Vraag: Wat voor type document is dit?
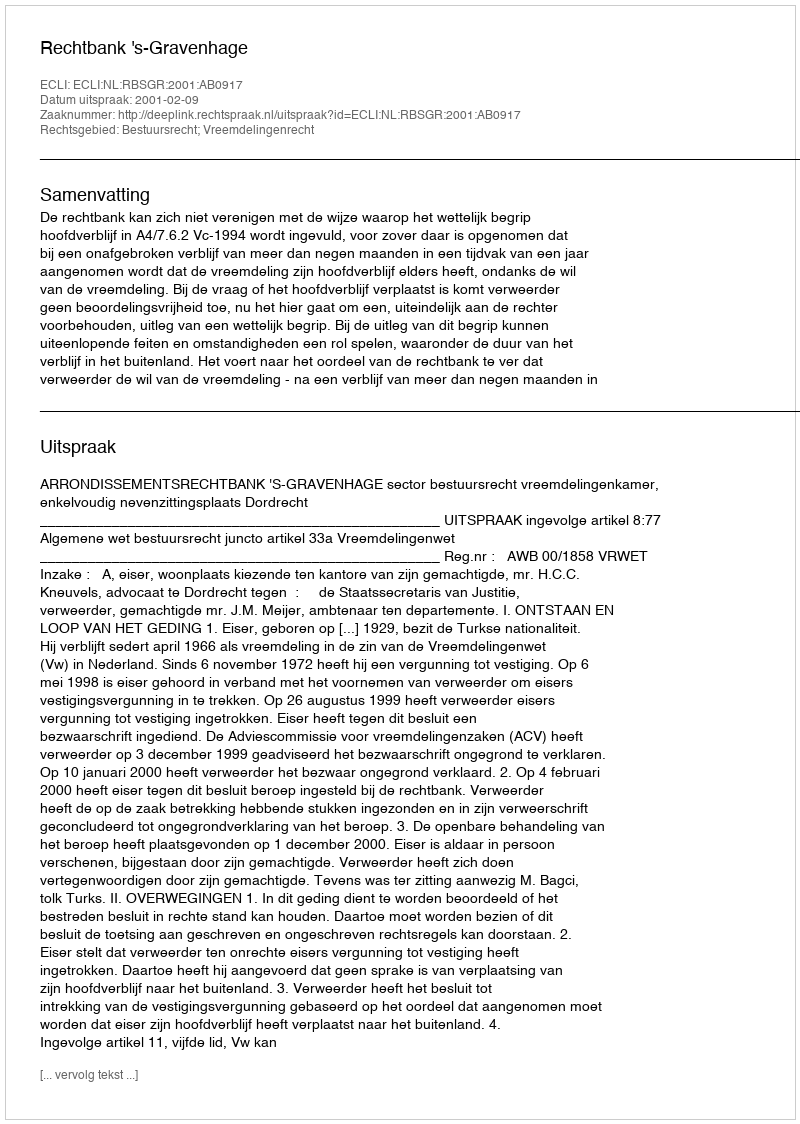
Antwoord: Uitspraak